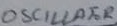
Text: OSCILLATOR